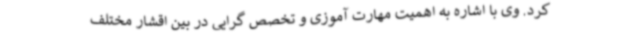
کرد. وی با اشاره به اهمیت مهارت آموزی و تخصص گرایی در بین اقشار مختلف